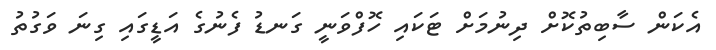
އެކަން ސާބިތުކޮށް ދިނުމަށް ޓަކައި ހޮފްވަނީ ގަނޑު ފެނުގެ އަޑީގައި ގިނަ ވަގުތު